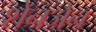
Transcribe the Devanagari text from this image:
शेनजेन